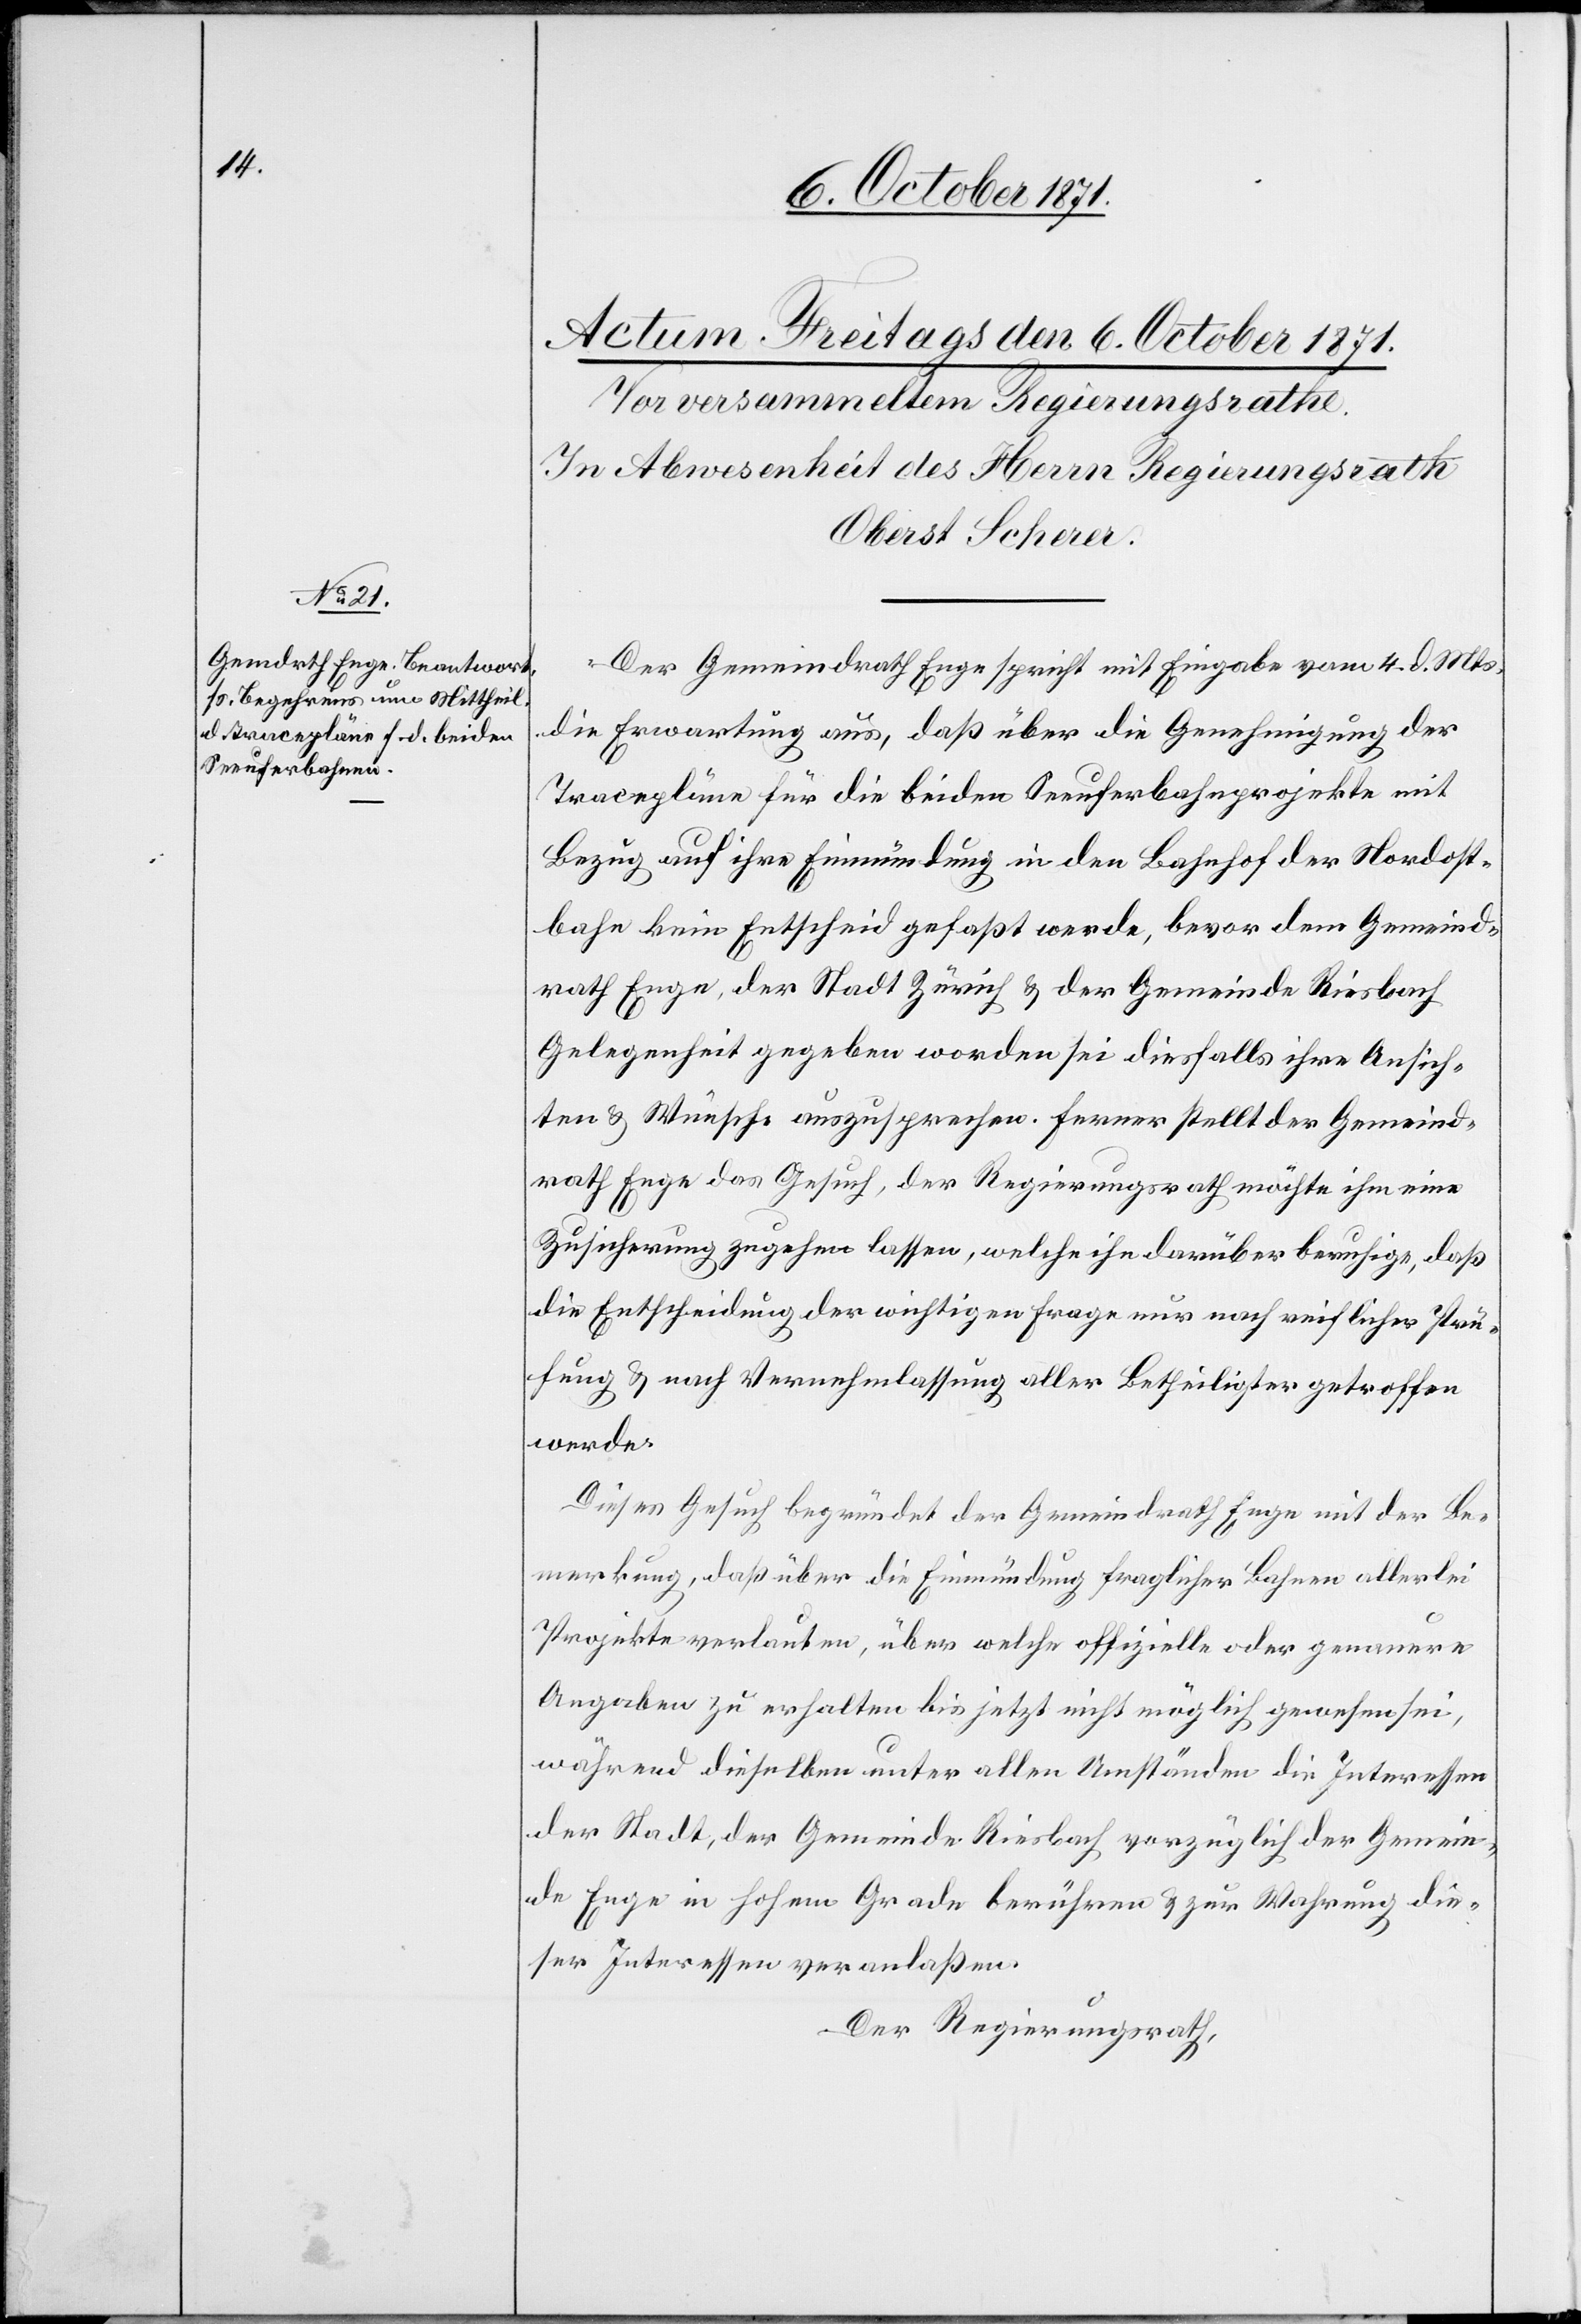
Der Gemeindrath Enge spricht mit Eingabe vom 4. d. Mts.
die Erwartung aus, daß über die Genehmigung der
Tracepläne für die beiden Seeuferbahnprojekte mit
Bezug auf ihre Einmündung in den Bahnhof der Nordost¬
bahn kein Entscheid gefaßt werde, bevor der Gemeind¬
rath Enge, der Stadt Zürich & der Gemeinde Riesbach
Gelegenheit gegeben worden sei diesfalls ihre Ansich¬
ten & Wünsche auszusprechen. Ferner stellt der Gemeind¬
rath Enge das Gesuch, der Regierungsrath möchte ihm eine
Zusicherung zugehen lassen, welche ihn darüber beruhige, daß
die Entscheidung der wichtigen Frage nur nach reichlicher Prü¬
fung & nach Vernehmlassung aller Betheiligter getroffen
werde.
Dieses Gesuch begründet der Gemeindrath Enge mit der Be¬
merkung, daß über die Einmündung fraglicher Bahnen allerlei
Projekte verlauten, über welche offizielle oder genauere
Angaben zu erhalten bis jetzt nicht möglich gewesen sei,
während dieselben unter allen Umständen die Interessen
der Stadt, der Gemeinde Riesbach vorzüglich der Gemein¬
de Enge in hohem Grade berühren & zur Wahrung die¬
ser Interessen veranlaßen.
Der Regierungsrath,